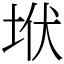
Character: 垘